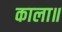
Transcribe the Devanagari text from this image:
काला॥